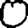
Digit: 0